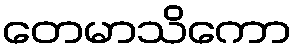
တေမာသိကော